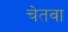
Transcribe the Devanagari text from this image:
चेतवा